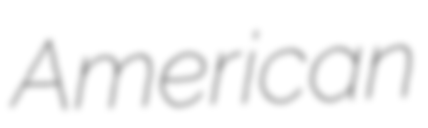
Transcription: American